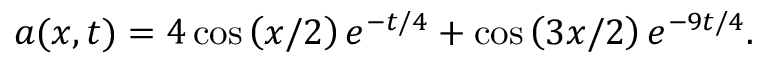
a ( x , t ) = 4 \cos \left( x / 2 \right) e ^ { - t / 4 } + \cos \left( 3 x / 2 \right) e ^ { - 9 t / 4 } .